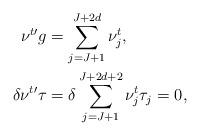
LaTeX: \begin{align*}\nu^{t \prime} g&=\sum_{j=J+1}^{J+2d}\nu^t_{j},\\\delta\nu^{t \prime} \tau &=\delta\sum_{j=J+1}^{J+2d+2}\nu^t_{j} \tau_j=0,\end{align*}